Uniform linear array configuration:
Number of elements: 32
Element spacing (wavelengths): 1
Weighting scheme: hann
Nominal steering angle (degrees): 45
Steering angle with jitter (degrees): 46.075
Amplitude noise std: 0.05
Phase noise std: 0.05

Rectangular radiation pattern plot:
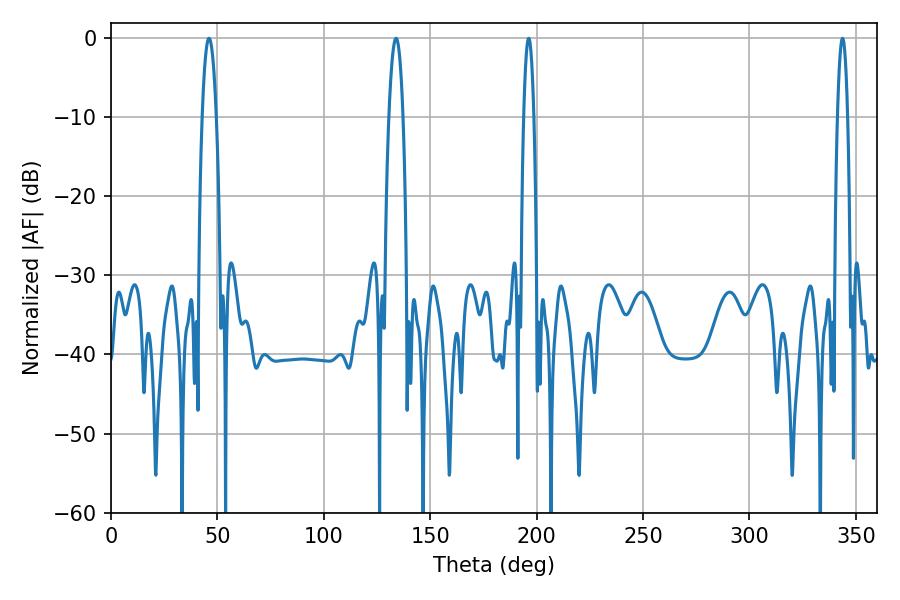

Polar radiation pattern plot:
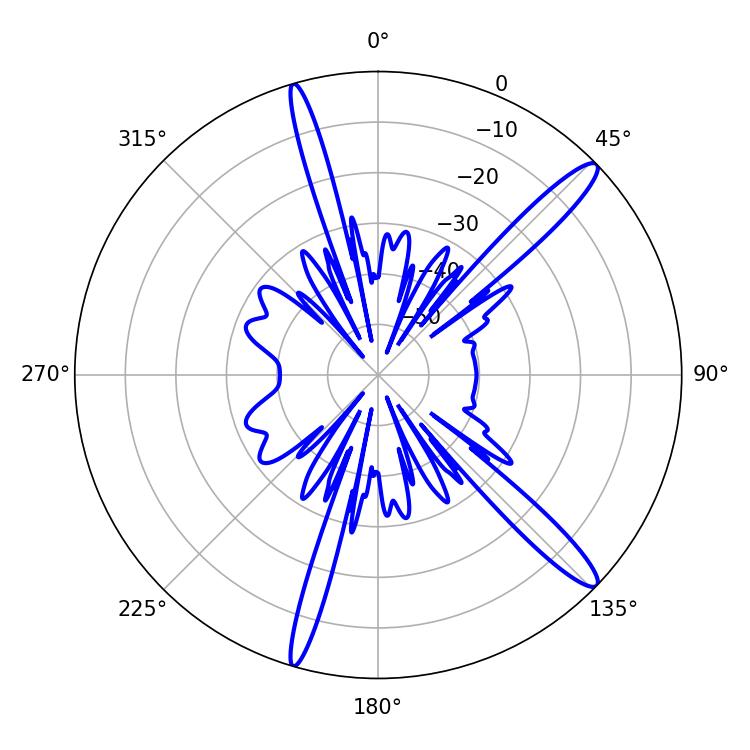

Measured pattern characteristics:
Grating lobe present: TRUE
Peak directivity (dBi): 14.451
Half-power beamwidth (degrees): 3.6
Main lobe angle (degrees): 133.92